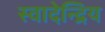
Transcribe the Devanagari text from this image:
स्वादेन्द्रिय